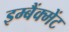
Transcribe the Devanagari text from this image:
इम्बैंक्मेंट